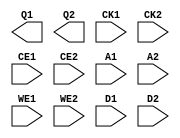
module MEM2_128X16 ( /*AUTOARG*/
   // Outputs
   Q1, Q2,
   // Inputs
   CK1, CK2, CE1, CE2, A1, A2, WE1, WE2, D1, D2
   );

   input CK1;
   input CK2;
   input CE1;
   input CE2;
   input [11:0] A1;
   input [11:0] A2;
   input       WE1;
   input       WE2;
   input [31:0] D1;
   input [31:0] D2;

   output [31:0] Q1;
   output [31:0] Q2;

endmodule